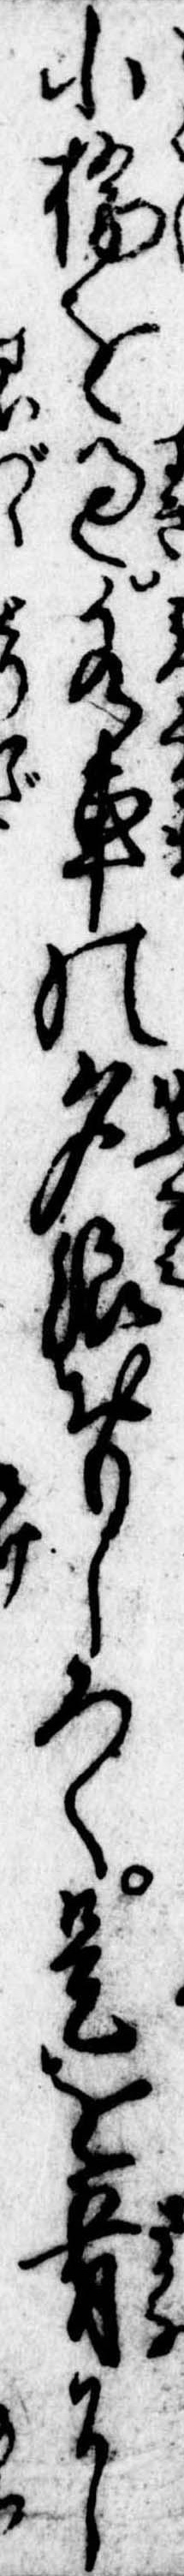
小橋を過水車の夕波おもしろく是を肴に